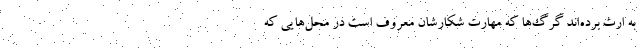
به ارث برده‌اند گرگ‌ها که مهارت شکارشان معروف است در محل‌هایی که